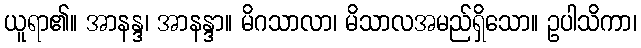
ယူရာ၏။ အာနန္ဒ၊ အာနန္ဒာ။ မိဂသာလာ၊ မိသာလအမည်ရှိသော။ ဥပါသိကာ၊